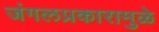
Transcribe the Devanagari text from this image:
जंगलप्रकारामुळे